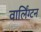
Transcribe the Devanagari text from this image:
वार्लिंग्टन